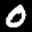
Label: 0